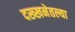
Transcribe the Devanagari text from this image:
दख्खनेतल्या